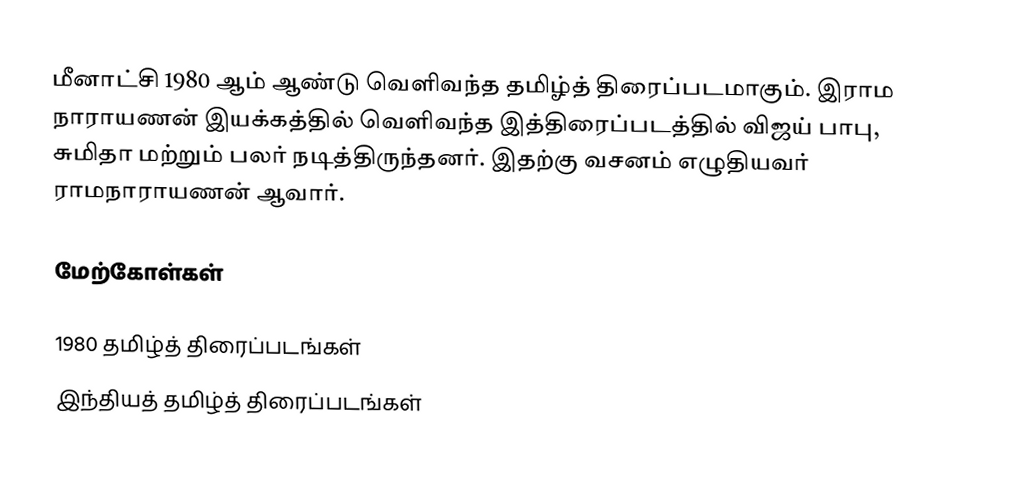
மீனாட்சி 1980 ஆம் ஆண்டு வெளிவந்த தமிழ்த் திரைப்படமாகும். இராம நாராயணன் இயக்கத்தில் வெளிவந்த இத்திரைப்படத்தில் விஜய் பாபு, சுமிதா மற்றும் பலர் நடித்திருந்தனர். இதற்கு வசனம் எழுதியவர் ராமநாராயணன் ஆவார்.

மேற்கோள்கள்

1980 தமிழ்த் திரைப்படங்கள்
இந்தியத் தமிழ்த் திரைப்படங்கள்